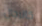
كالرجال